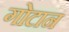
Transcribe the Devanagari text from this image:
गोटान